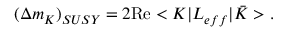
( \Delta m _ { K } ) _ { S U S Y } = 2 \mathrm { R e } < K | { \cal L } _ { e f f } | \bar { K } > .